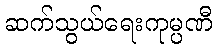
ဆက်သွယ်ရေးကုမ္ပဏီ